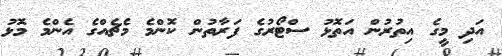
އަދި މީގެ އިތުރުން އަތޮޅު ސްޓޯރުގެ ފަރާތުން ކޮންމެ މެޗެއްގެ އެންމެ މޮޅު